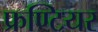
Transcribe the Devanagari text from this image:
फ्रण्टियर